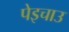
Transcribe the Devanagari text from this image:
पेइचाउ